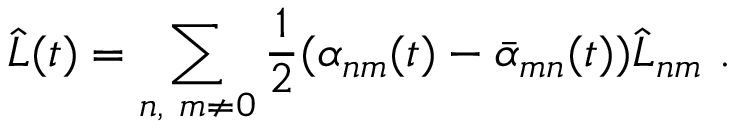
\hat { L } ( t ) = \sum _ { n , \ m \neq 0 } { \frac { 1 } { 2 } } ( \alpha _ { n m } ( t ) - \bar { \alpha } _ { m n } ( t ) ) \hat { L } _ { n m } \ .